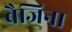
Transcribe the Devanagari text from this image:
वैजिना